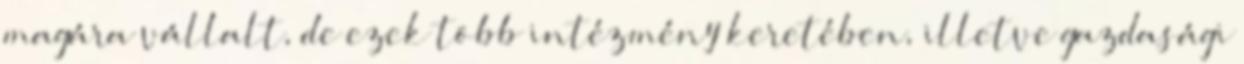
magára vállalt, de ezek több intézmény keretében, illetve gazdasági